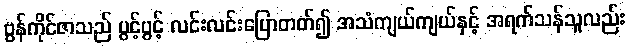
ဗွန်ကိုင်ဇာသည် ပွင့်ပွင့် လင်းလင်းပြောတတ်၍ အသံကျယ်ကျယ်နှင့် အရက်သန်သူလည်း